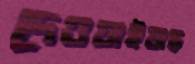
দেওয়াইয়াছ